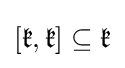
[{\mathfrak {k}},{\mathfrak {k}}]\subseteq {\mathfrak {k}}